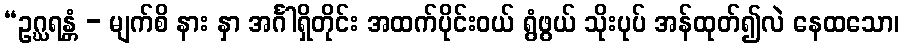
“ဥဂ္ဃရန္တံ - မျက်စိ နား နှာ အင်္ဂါရှိတိုင်း အထက်ပိုင်းဝယ် ရွံဖွယ် သိုးပုပ် အန်ထုတ်၍လဲ နေထသော၊